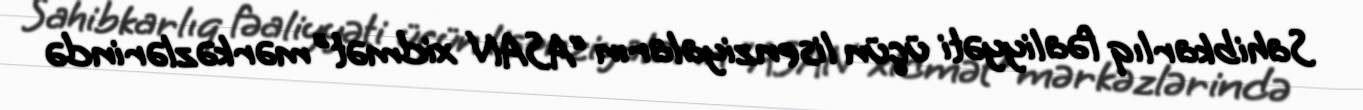
Sahibkarlıq fəaliyyəti üçün lisenziyaların “ASAN xidmət" mərkəzlərində